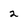
Character: 2